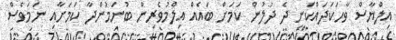
އިލްޔާސް ވާހަކަދައްކަނީ ދެ ދުލުން ކަމަށް ބައެއް އިލްމުވެރިން ބުނަމުންދާ ކަމަށާއި ނަމަވެސް